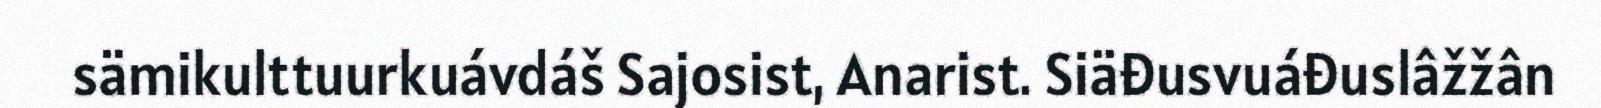
sämikulttuurkuávdáš Sajosist, Anarist. Siäđusvuáđuslâžžân